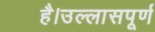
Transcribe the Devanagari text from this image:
है।उल्लासपूर्ण